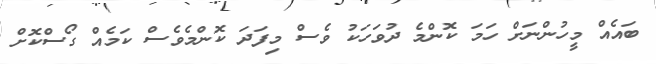
ބައެއް މީހުންނަށް ހަމަ ކޮންމެ ދުވަހަކު ވެސް މިފަދަ ކޮންމެވެސް ކަމެއް ގޯސްކޮށް